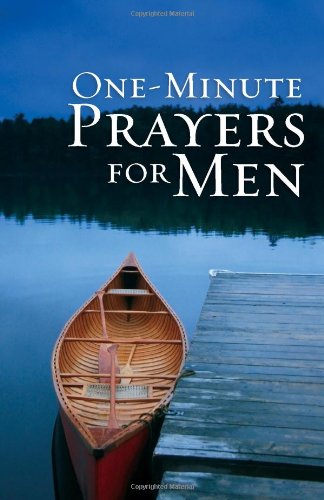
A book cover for One-Minute Prayers for Men Gift Edition; Harvest House Publishers; Christian Books & Bibles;